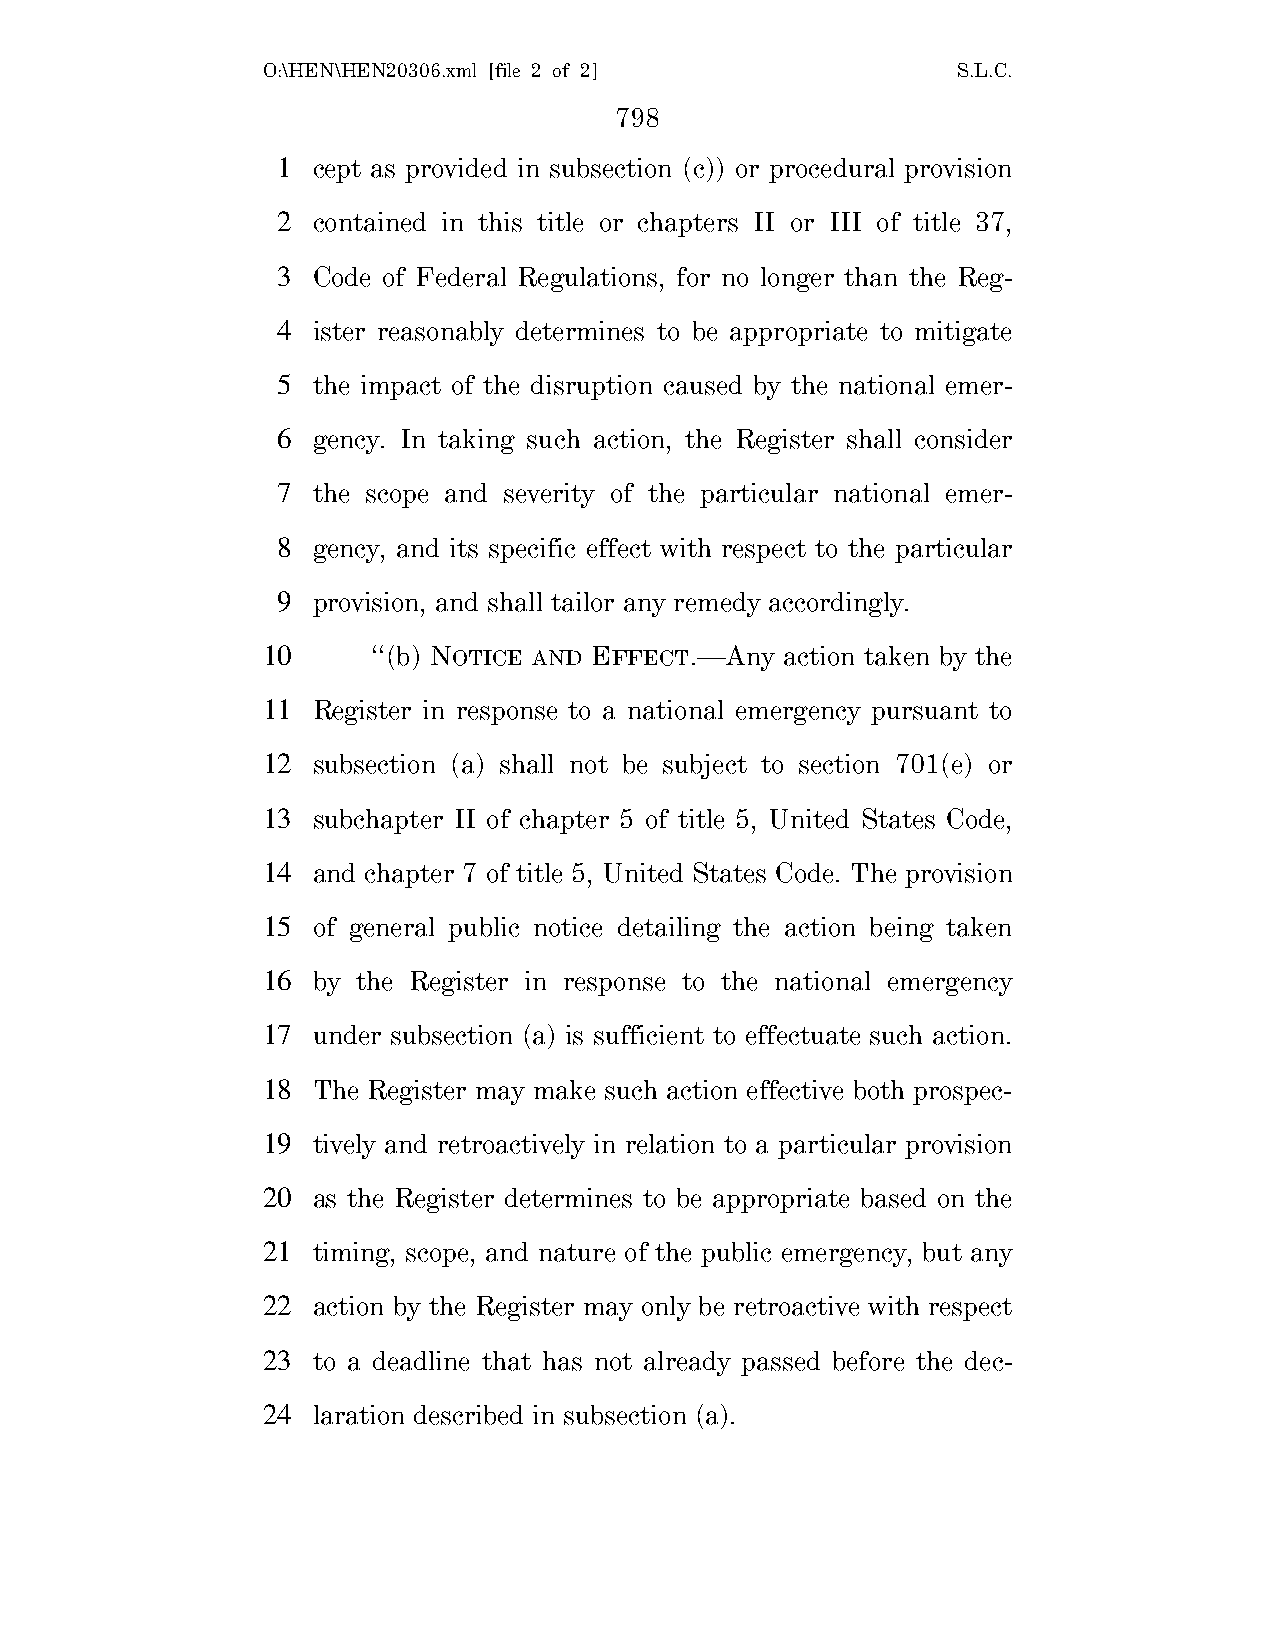
O:\HEN\HEN20306.xml [file 2 of 2]             S.L.C.
 798
 1  cept as provided in subsection (c)) or procedural provision
 2  contained in this title or chapters II or III of title 37,
 3  Code of Federal Regulations, for no longer than the Reg-
 4  ister reasonably determines to be appropriate to mitigate
 5  the impact of the disruption caused by the national emer-
 6  gency. In taking such action, the Register shall consider
 7  the scope and severity of the particular national emer-
 8  gency, and its specific effect with respect to the particular
 9  provision, and shall tailor any remedy accordingly.
 10      ‘‘(b) NOTICE AND EFFECT.—Any action taken by the
 11  Register in response to a national emergency pursuant to
 12  subsection (a) shall not be subject to section 701(e) or
 13  subchapter II of chapter 5 of title 5, United States Code,
 14  and chapter 7 of title 5, United States Code. The provision
 15  of general public notice detailing the action being taken
 16  by the Register in response to the national emergency
 17  under subsection (a) is sufficient to effectuate such action.
 18  The Register may make such action effective both prospec-
 19  tively and retroactively in relation to a particular provision
 20  as the Register determines to be appropriate based on the
 21  timing, scope, and nature of the public emergency, but any
 22  action by the Register may only be retroactive with respect
 23  to a deadline that has not already passed before the dec-
 24  laration described in subsection (a).